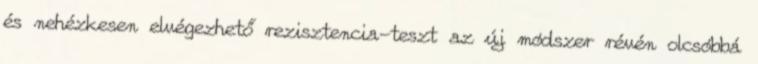
és nehézkesen elvégezhető rezisztencia-teszt az új módszer révén olcsóbbá